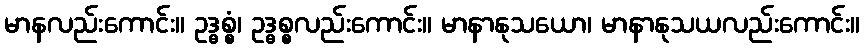
မာနလည်းကောင်း။ ဥဒ္ဓစ္စံ၊ ဥဒ္ဓစ္စလည်းကောင်း။ မာနာနုသယော၊ မာနာနုသယလည်းကောင်း။